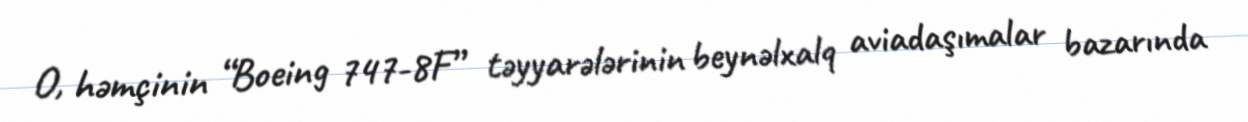
O, həmçinin “Boeing 747-8F” təyyarələrinin beynəlxalq aviadaşımalar bazarında